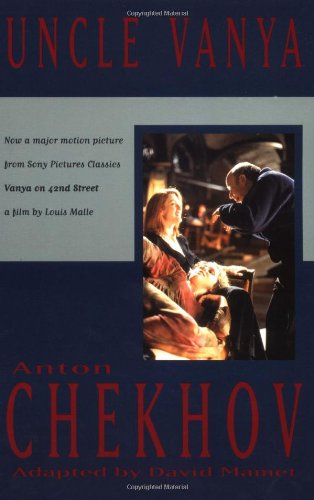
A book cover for Uncle Vanya; Anton Chekhov; Literature & Fiction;